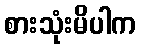
စားသုံးမိပါက